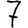
Digit: 7